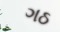
ગઠ